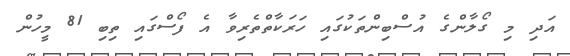
އަދި މި ގޯލާންގެ އުސްބިންތަކުގައި ހަރަކާތްތެރިވާ އެ ފޯސްގައި ތިބި 81 މީހުން